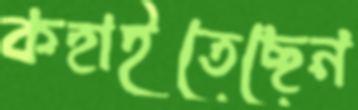
কহাইতেছেন